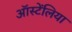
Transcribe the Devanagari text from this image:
ऑस्टेंलिया